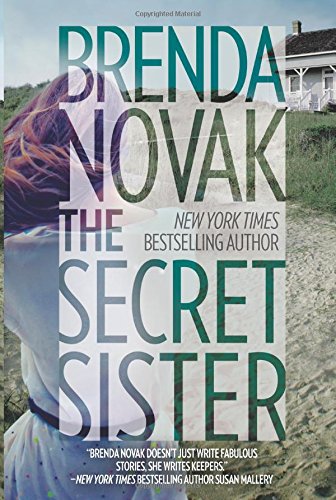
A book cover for The Secret Sister; Brenda Novak; Literature & Fiction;